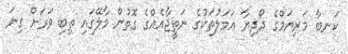
ކަނބާ މަރިޔަމްގެ ދޯދިޔާ ޢަމަލުތަކުގެ ނަތީޖާއެއްގެ ގޮތުން މާލޭގައި ތިބި ވަރަށް ގިނަ